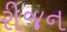
રીજન